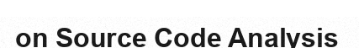
on Source Code Analysis